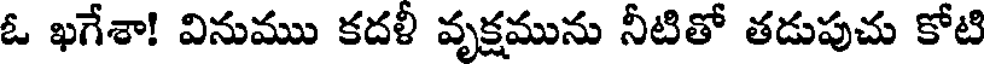
ఓ ఖగేశా! వినుము కదళీ వృక్షమును నీటితో తడుపుచు కోటి